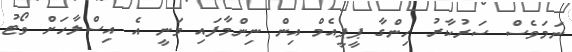
ނަމަވެސް ސަރުކާރު ހިންގާ ޕީޕީއެމް އިން ނިންމާފައި ވަނީ އެ އިސްލާހަށް ވޯޓު